Leprosy in India: report of the Leprosy Commission in India, 1890-91
Year: 1890
Disease focus: Leprosy
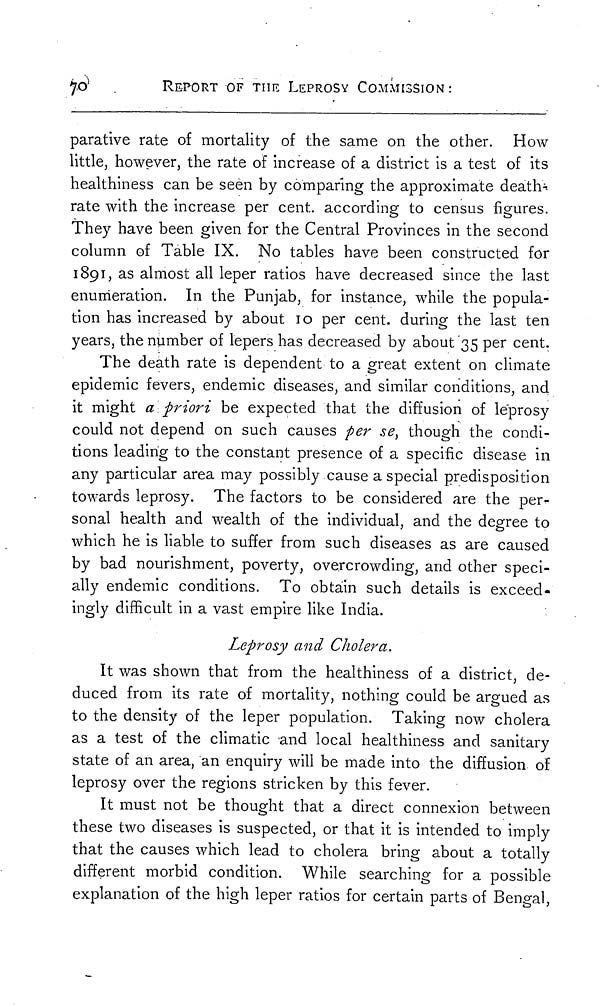
70 REPORT
OF
THE
LEPROSY
COMMISSION :
parative rate of mortality of the same on the other. How
little, however, the rate of increase of a district is a test of its
healthiness can be seen by comparing the approximate death
rate with the increase per cent. according to census figures.
They have been given for the Central Provinces in the second
column of Table IX. No tables have been constructed for
1891, as almost all leper ratios have decreased since the last
enumeration. In the Punjab, for instance, while the popula-
tion has increased by about 10 per cent. during the last ten
years, the number of lepers has decreased by about '35 per cent.
The death rate is dependent to a great extent on climate
epidemic fevers, endemic diseases, and similar conditions, and
it might a priori be expected that the diffusion of leprosy
could not depend on such causes per se, though the condi-
tions leading to the constant presence of a specific disease in
any particular area may possibly cause a special predisposition
towards leprosy. The factors to be considered are the per-
sonal health and wealth of the individual, and the degree to
which he is liable to suffer from such diseases as are caused
by bad nourishment, poverty, overcrowding, and other speci-
ally endemic conditions. To obtain such details is exceed-
ingly difficult in a vast empire like India.
Leprosy and Cholera.
It was shown that from the healthiness of a district, de-
duced from its rate of mortality, nothing could be argued as
to the density of the leper population. Taking now cholera
as a test of the climatic and local healthiness and sanitary
state of an area, an enquiry will be made into the diffusion of
leprosy over the regions stricken by this fever.
It must not be thought that a direct connexion between
these two diseases is suspected, or that it is intended to imply
that the causes which lead to cholera bring about a totally
different morbid condition. While searching for a possible
explanation of the high leper ratios for certain parts of Bengal,